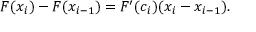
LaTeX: F ( x _ { i } ) - F ( x _ { i - 1 } ) = F ^ { \prime } ( c _ { i } ) ( x _ { i } - x _ { i - 1 } ) .